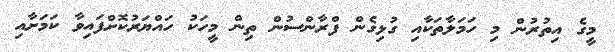
މީގެ އިތުރުން މި ހަމަލާތަކާއި ގުޅިގެން ފްރާންސުން ތިން މީހަކު ހައްޔަރުކޮށްފައިވާ ކަމަށާއި